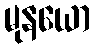
မုနယော